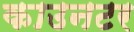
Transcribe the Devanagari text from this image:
काउनटर